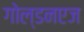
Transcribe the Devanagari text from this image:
गोल्डनएज